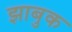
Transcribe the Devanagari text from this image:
झाबुक